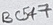
Text: BC547